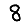
Digit: 8